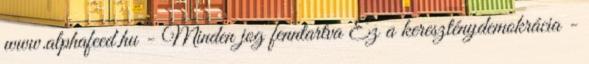
www.alphafeed.hu - Minden jog fenntartva Ez a kereszténydemokrácia -